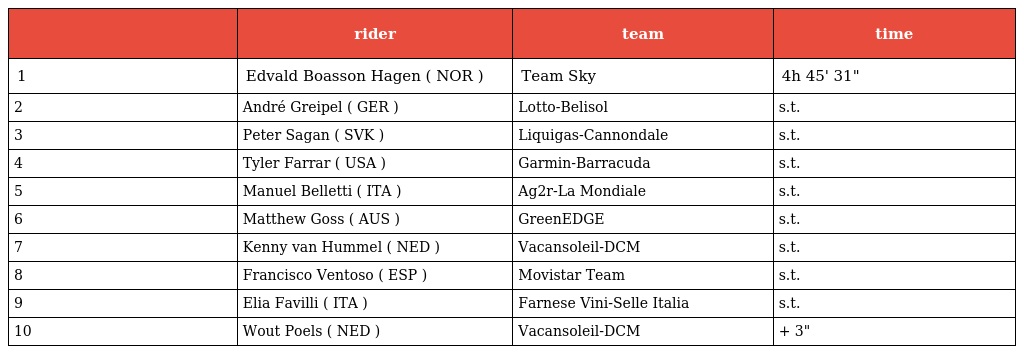
|  | rider | team | time |
 | --- | --- | --- | --- |
 | 1 | Edvald Boasson Hagen ( NOR ) | Team Sky | 4h 45' 31" |
 | 2 | André Greipel ( GER ) | Lotto-Belisol | s.t. |
 | 3 | Peter Sagan ( SVK ) | Liquigas-Cannondale | s.t. |
 | 4 | Tyler Farrar ( USA ) | Garmin-Barracuda | s.t. |
 | 5 | Manuel Belletti ( ITA ) | Ag2r-La Mondiale | s.t. |
 | 6 | Matthew Goss ( AUS ) | GreenEDGE | s.t. |
 | 7 | Kenny van Hummel ( NED ) | Vacansoleil-DCM | s.t. |
 | 8 | Francisco Ventoso ( ESP ) | Movistar Team | s.t. |
 | 9 | Elia Favilli ( ITA ) | Farnese Vini-Selle Italia | s.t. |
 | 10 | Wout Poels ( NED ) | Vacansoleil-DCM | + 3" |